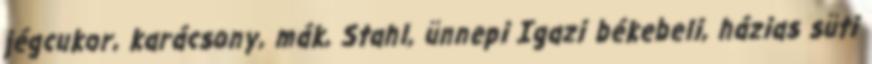
jégcukor, karácsony, mák, Stahl, ünnepi Igazi békebeli, házias süti